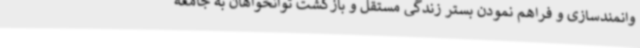
وانمندسازی و فراهم نمودن بستر زندگی مستقل و بازگشت توانخواهان به جامعه